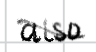
Text: also
Cross-out: mix
Writing tool: digital_black